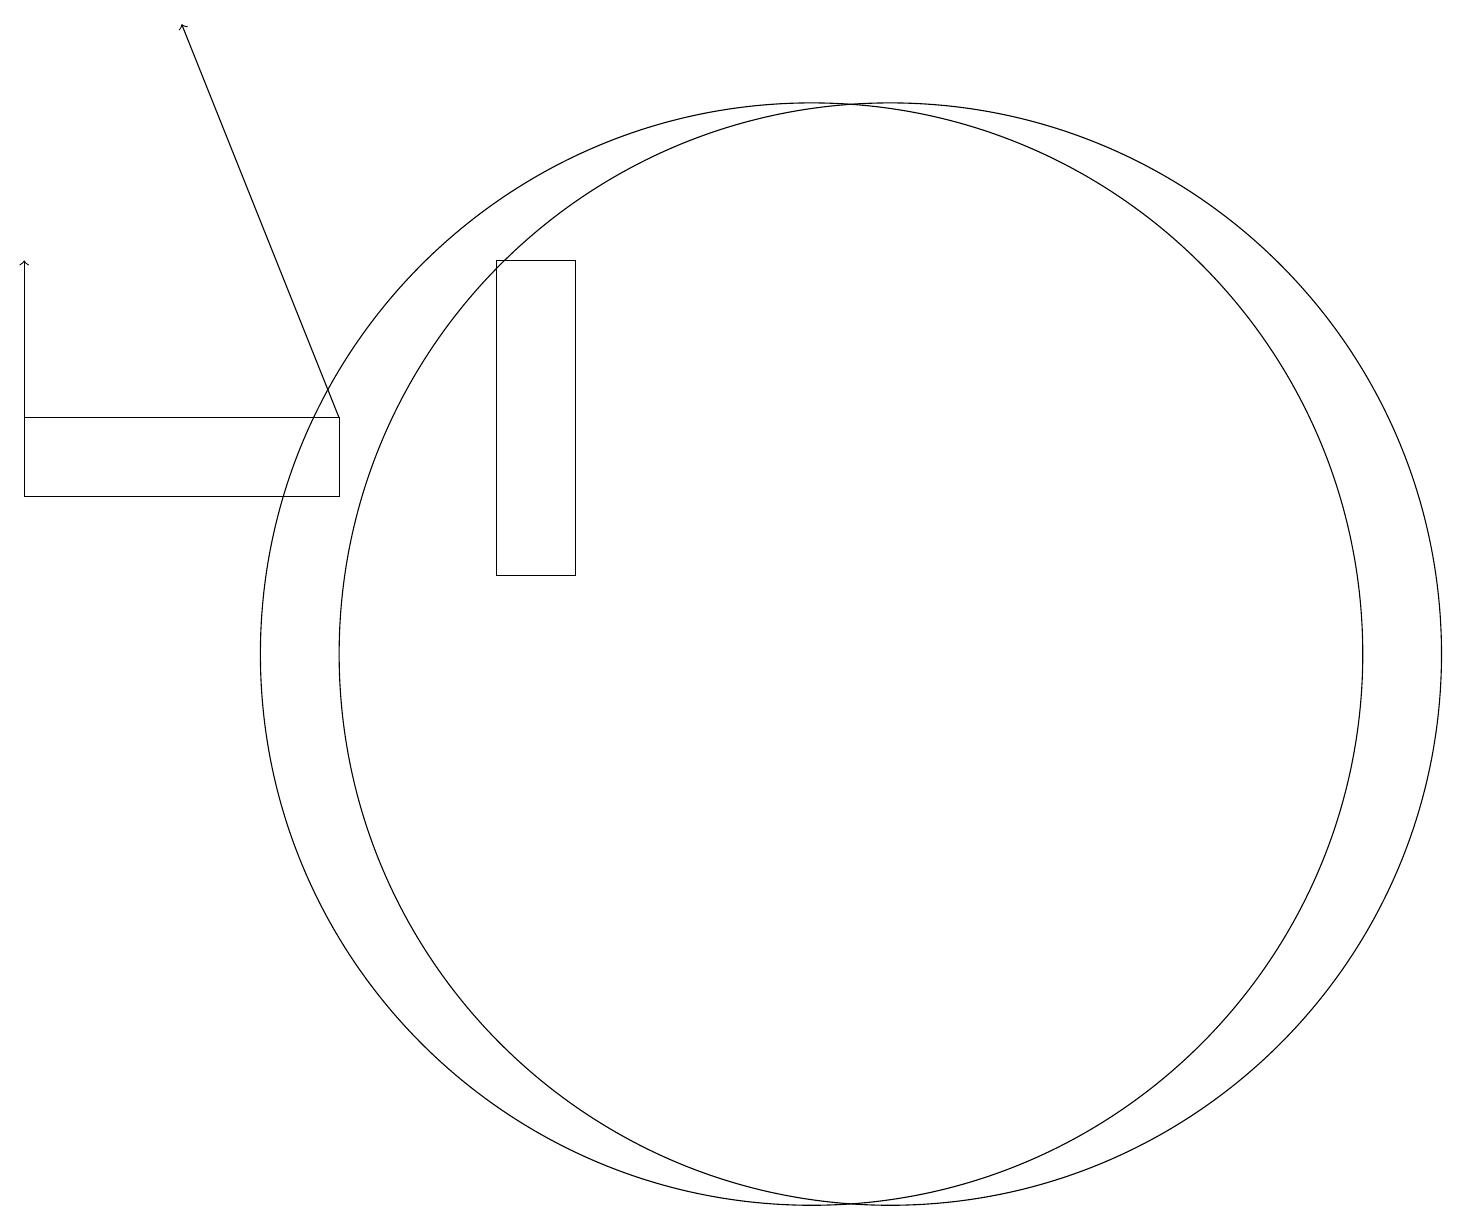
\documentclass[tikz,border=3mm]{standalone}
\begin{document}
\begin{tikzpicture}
\draw[->] (4,14) -- (2,19);
\draw (11,11) circle (7);
\draw (0,13) rectangle (4,14);
\draw (7,12) rectangle (6,16);
\draw (10,11) circle (7);
\draw[->] (0,13) -- (0,16);
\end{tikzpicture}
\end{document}